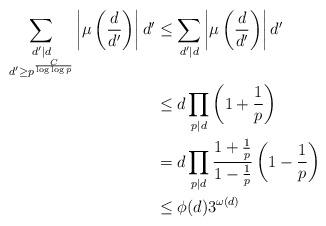
LaTeX: \begin{align*} \sum_{\substack{{d'|d} \\ {d'\geq p^{\frac{C}{\log\log p}}}}} \left|\mu\left(\frac{d}{d'}\right)\right| d'&\leq \sum_{d'|d} \left|\mu\left(\frac{d}{d'}\right)\right| d'\\ &\leq d \prod_{p|d}\left(1+\frac1p\right)\\ &=d \prod_{p|d} \frac{ 1+\frac1p }{1-\frac1p} \left(1-\frac1p\right)\\ &\leq \phi(d) 3^{\omega(d)} \end{align*}